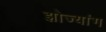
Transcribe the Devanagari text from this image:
झोज्यांग